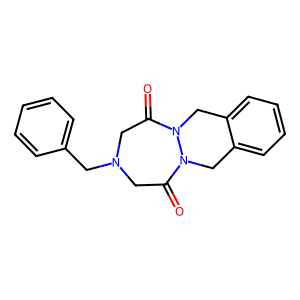
SMILES: O=C1CN(Cc2ccccc2)CC(=O)N2Cc3ccccc3CN12
Inhibits HIV replication: No